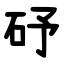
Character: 䂛